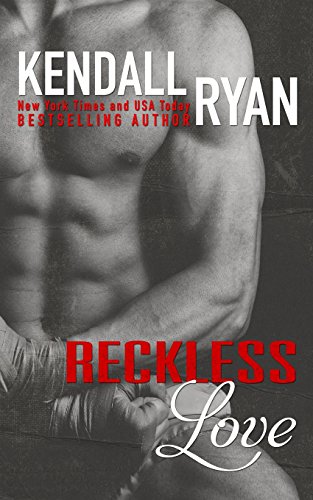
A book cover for Reckless Love; Kendall Ryan; Romance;